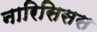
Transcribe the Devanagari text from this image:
नारिसिसस